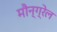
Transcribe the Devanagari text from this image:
मौन्ग्रेल